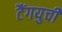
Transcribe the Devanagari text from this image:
टैंगयुची